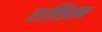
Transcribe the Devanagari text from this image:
राशिस्थ